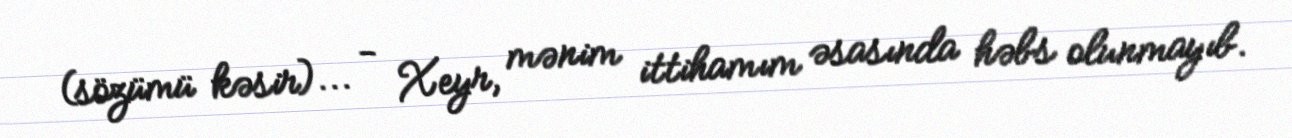
(sözümü kəsir)... - Xeyr, mənim ittihamım əsasında həbs olunmayıb.